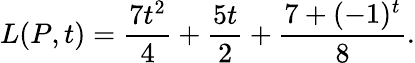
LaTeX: L(P,t)={\frac{7t^{2}}{4}}+{\frac{5t}{2}}+{\frac{7+(-1)^{t}}{8}}.